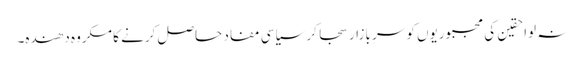
نہ لواحقین کی مجبوریوں کو سرِ بازار سجا کر سیاسی مفاد حاصل کرنے کا مکروہ دھندہ۔